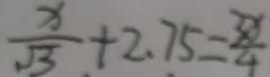
\frac { x } { \sqrt { 3 } } + 2 . 7 5 = \frac { 3 x } { 4 }